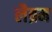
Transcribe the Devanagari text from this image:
लैब्रम